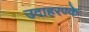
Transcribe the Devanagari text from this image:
उदाहरण्के